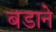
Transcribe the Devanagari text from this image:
बडाने